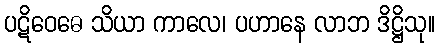
ပဋိဝေဓေ သိယာ ကာလေ၊ ပဟာနေ လာဘ ဒိဋ္ဌိသု။